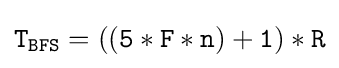
{\mathtt {T_{BFS}=((5*F*n)+1)*R}}